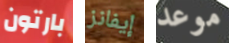
بارتون إيفانز موعد